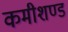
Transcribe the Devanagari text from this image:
कमीशण्ड